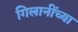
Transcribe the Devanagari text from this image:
गिलानींच्या